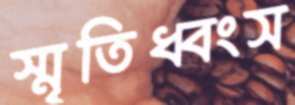
স্মৃতিধ্বংস